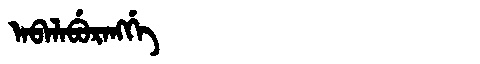
Manchu: ᠠᠪᠠᠯᠠᠪᡠᡵᠠᠩᡤᡝ
Romanization: ABALABURANGGE